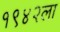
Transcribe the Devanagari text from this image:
१९४२ला